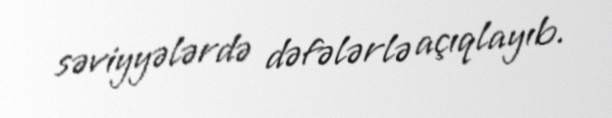
səviyyələrdə dəfələrlə açıqlayıb.